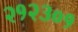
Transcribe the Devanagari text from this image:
२१२३०१